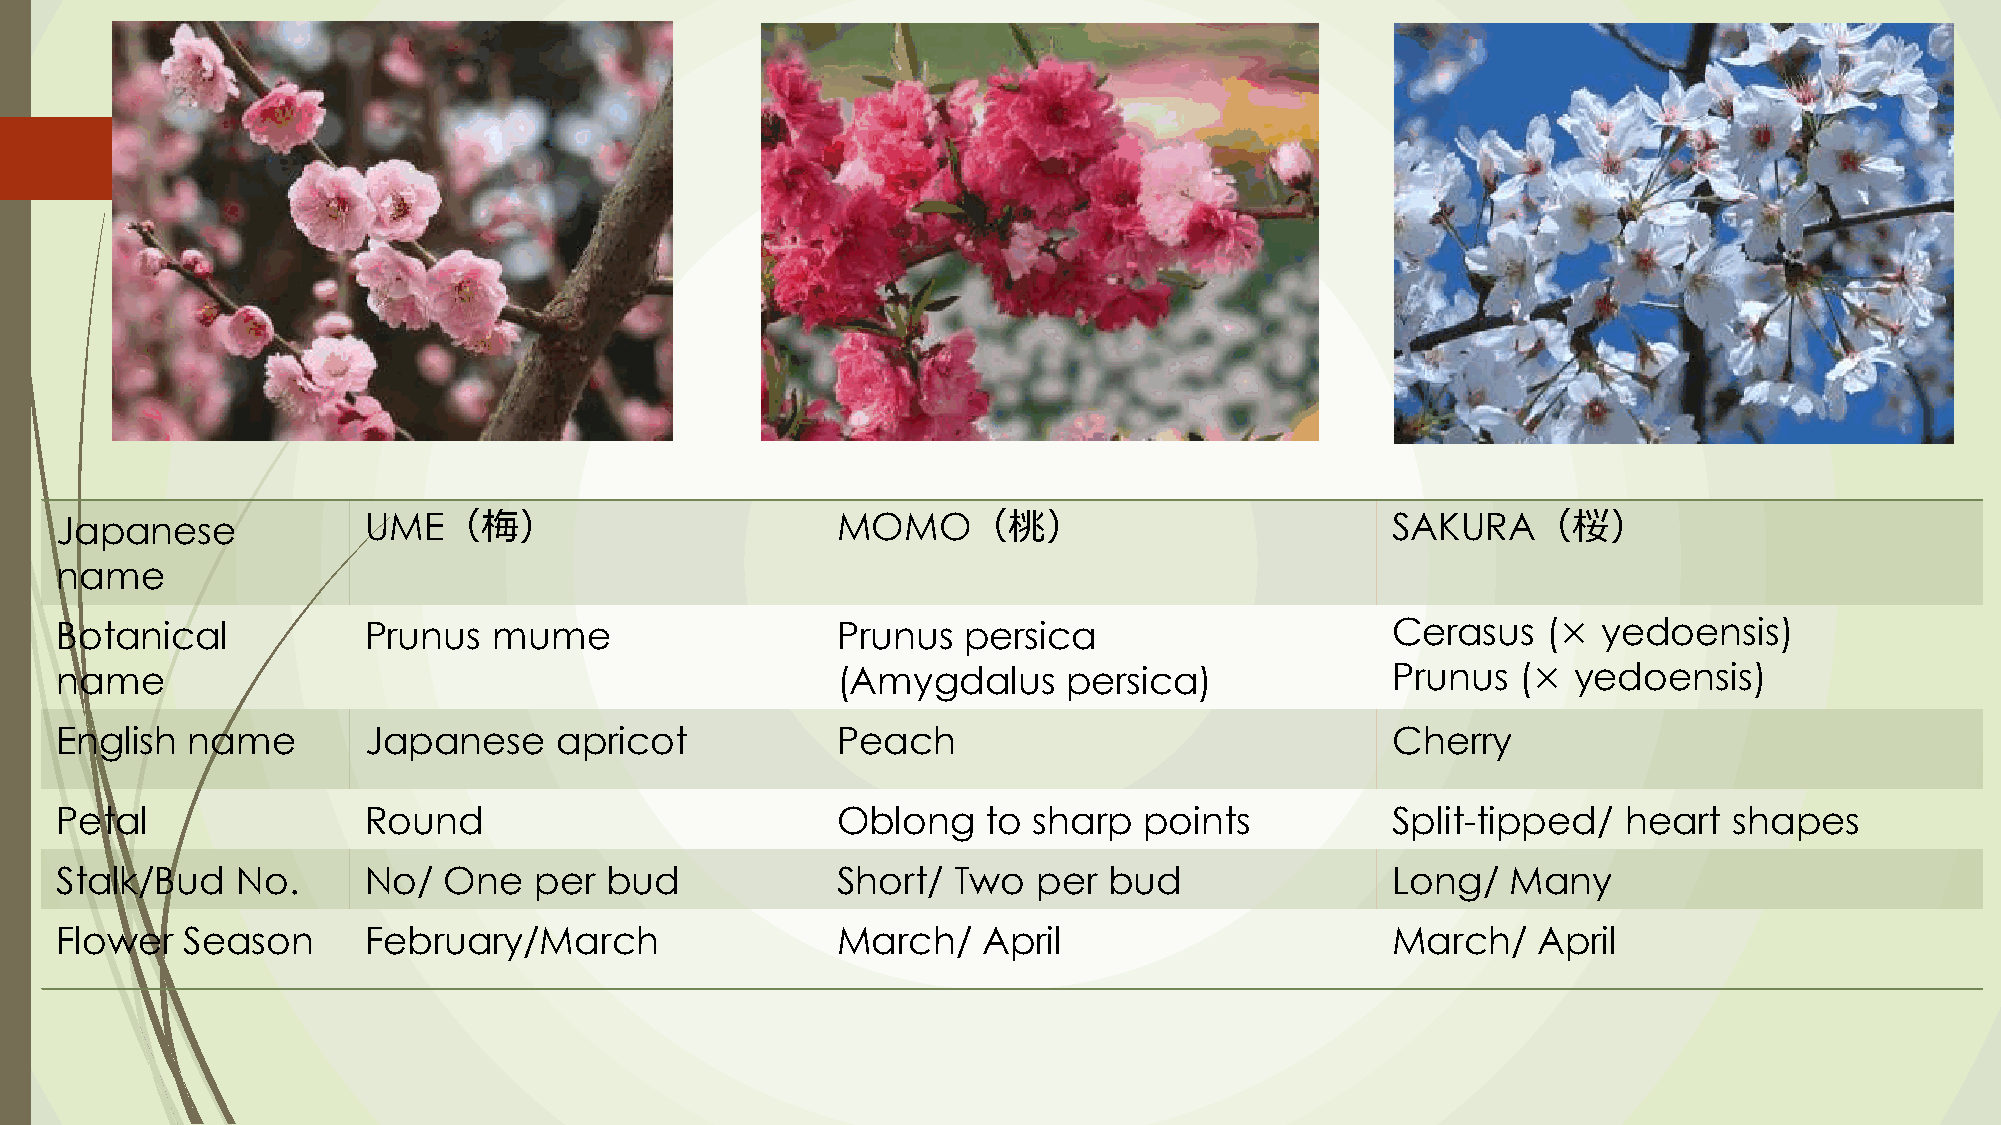
Japanese
 UME（梅）                         MOMO（桃）                              SAKURA（桜）
 name
 Botanical           Prunus   mume                  Prunus   persica                     Cerasus   (×  yedoensis)
 name                                               (Amygdalus      persica)             Prunus   (× yedoensis)
 English name        Japanese     apricot           Peach                                Cherry
 Petal               Round                          Oblong    to sharp   points          Split-tipped/   heart  shapes
 Stalk/Bud   No.     No/  One   per  bud            Short/  Two   per bud                Long/   Many
 Flower  Season      February/March                 March/    April                      March/    April